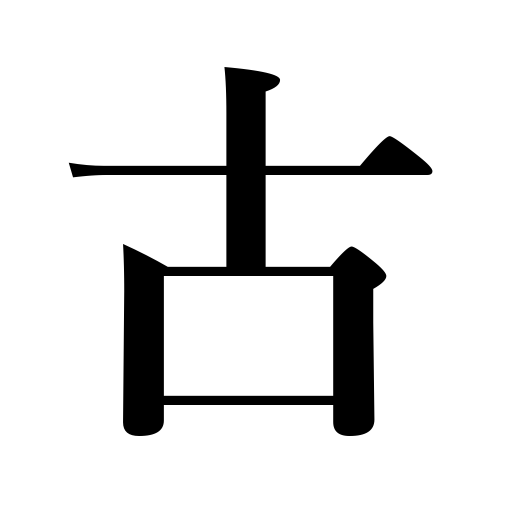
Meanings: obsolete article ,threadbare,ancient,stale,antiquated,outmoded,old,aged